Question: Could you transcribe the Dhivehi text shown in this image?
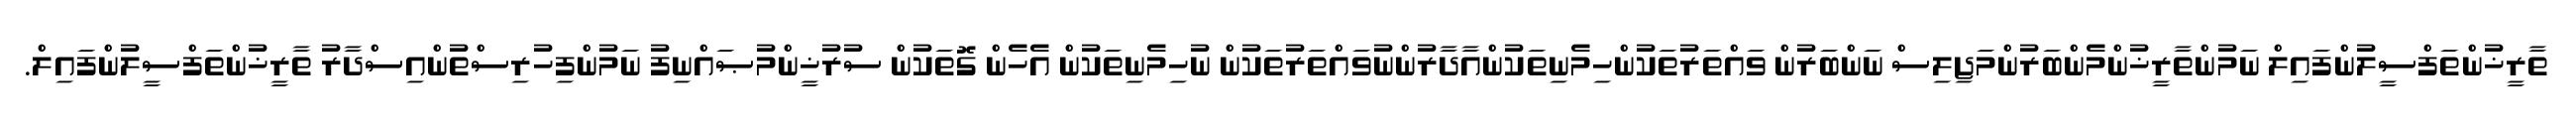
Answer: ތާރީޚުންތަފްސީލުންފައިލް ނަމުންތާރީޚުންމެންބަރުންމަޖިލިސް ނަންބަރުން ވައްތަރުތަކުންހިމެނިތަކުންއާދާރުންނުވައްތަރުތަކުން ނުހިމެނިތަކުން އެހެން ގޮތަކުން ސުރުޚީންމުޞައްނިފު ނަމުންފިހުރިސްތުންއިސްދާރު ތާރީޚުންތަފްސީލުންފައިލް.